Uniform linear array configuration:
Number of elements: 8
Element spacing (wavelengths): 0.75
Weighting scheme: hann
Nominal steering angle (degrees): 60
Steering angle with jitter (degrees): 61.127
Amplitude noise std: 0.05
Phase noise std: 0.05

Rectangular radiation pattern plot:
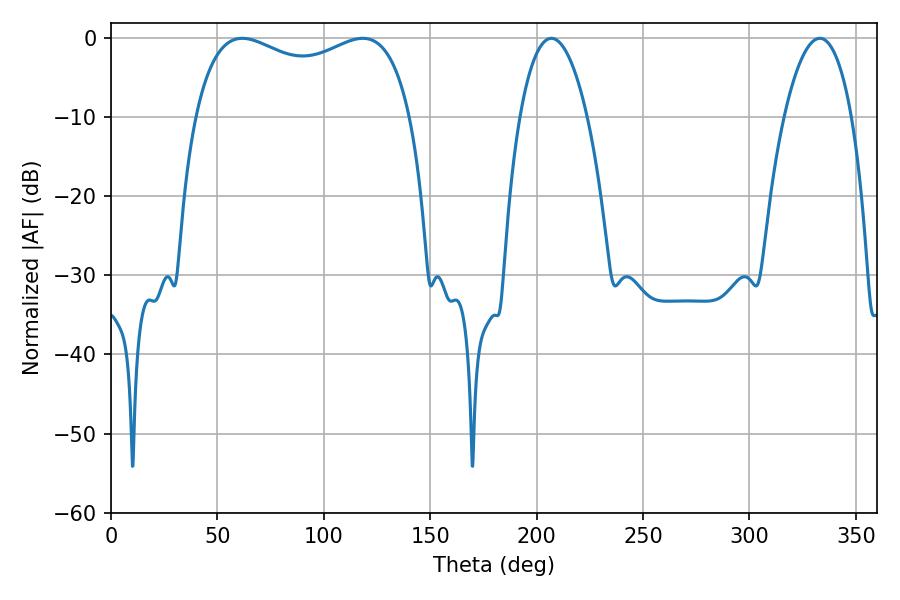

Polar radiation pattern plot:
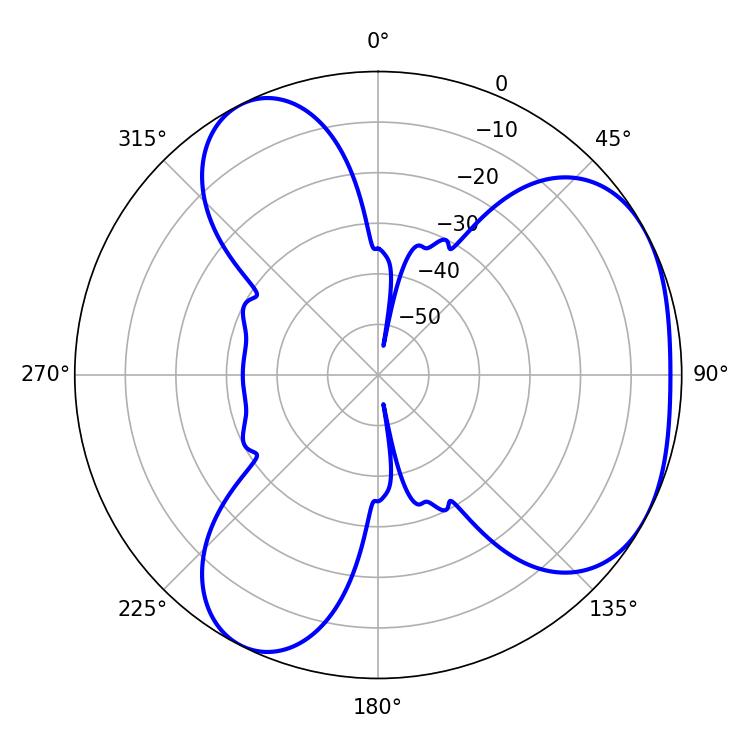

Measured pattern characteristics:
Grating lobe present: TRUE
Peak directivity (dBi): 3.895
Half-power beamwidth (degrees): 83.88
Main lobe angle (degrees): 61.74